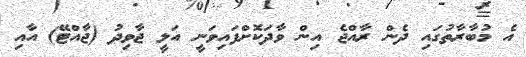
އެ މުބާރާތުގައި ދެން ރާއްޖެ އިން ވާދަކޮށްފައިވަނީ އަލީ ޖާވިދު (ޖާއްޓޭ) އާއި